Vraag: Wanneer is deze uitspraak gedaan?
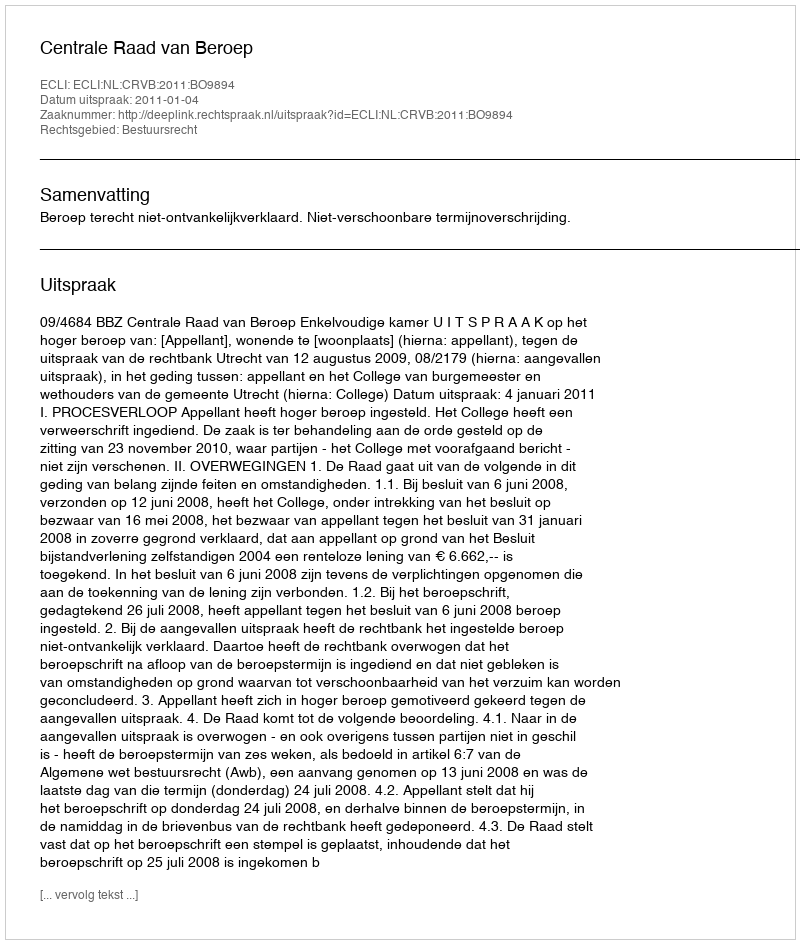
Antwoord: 2011-01-04